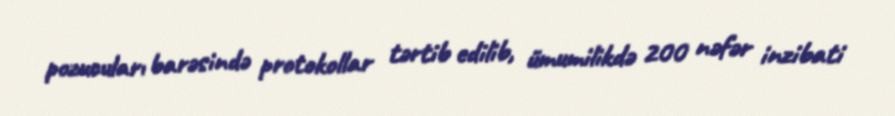
pozucuları barəsində protokollar tərtib edilib, ümumilikdə 200 nəfər inzibati